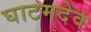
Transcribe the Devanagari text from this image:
घाटमदेव